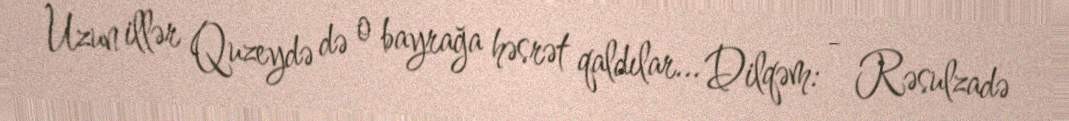
Uzun illər Quzeydə də o bayrağa həsrət qaldılar... Dilqəm: - Rəsulzadə